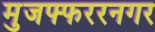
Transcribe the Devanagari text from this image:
मुजफ्फररनगर